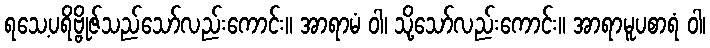
ရသေ့ပရိဗ္ဗိုဇ်သည်သော်လည်းကောင်း။ အာရာမံ ဝါ၊ သို့သော်လည်းကောင်း။ အာရာမူပစာရံ ဝါ၊